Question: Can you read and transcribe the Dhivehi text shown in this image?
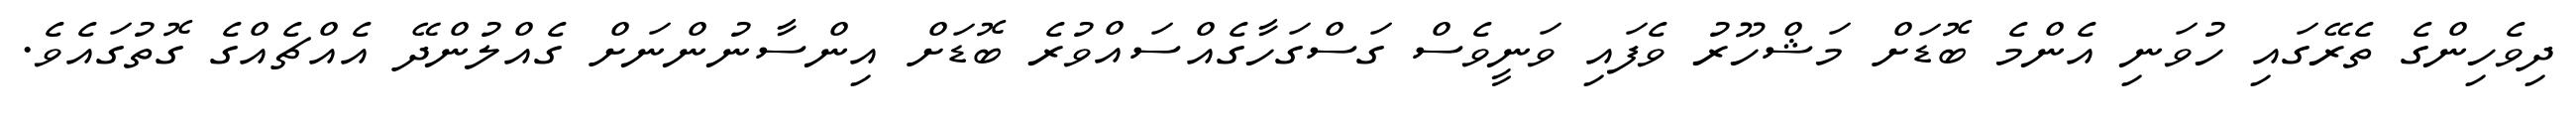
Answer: ދިވެހިންގެ ތެރޭގައި ހުވަނި އެންމެ ބޮޑަށް މަޝްހޫރު ވެފައި ވަނީވެސް ގަސްގަހާގެއްސައްވުރެ ބޮޑަށް އިންސާނުންނަށް ގެއްލުންދޭ އެއްޗެއްގެ ގޮތުގައެވެ.